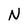
Character: N